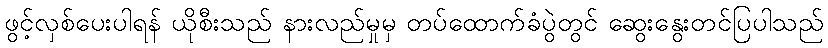
ဖွင့်လှစ်ပေးပါရန် ယိုစီးသည် နားလည်မှုမှ တပ်ထောက်ခံပွဲတွင် ဆွေးနွေးတင်ပြပါသည်